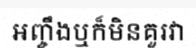
អញ្ចឹងឬក៏មិនគួរវា